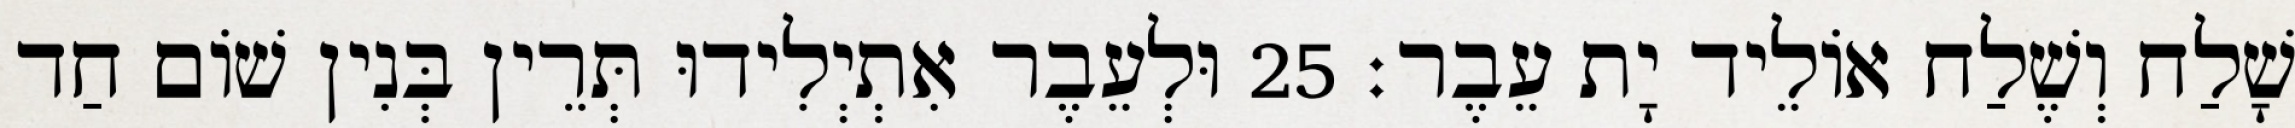
שָׁלַח וְשֶׁלַח אוֹלֵיד יָת עֵבֶר׃ 25 וּלְעֵבֶר אִתְיְלִידוּ תְּרֵין בְּנִין שׁוֹם חַד